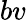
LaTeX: bv